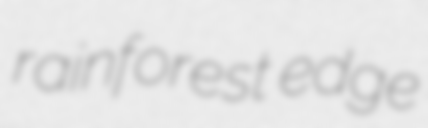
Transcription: rainforest edge